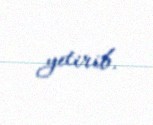
yetirib.